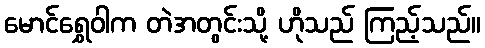
မောင်ရွှေဝါက တဲအတွင်းသို့ ဟိုသည် ကြည့်သည်။